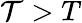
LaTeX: \mathcal{T}>T